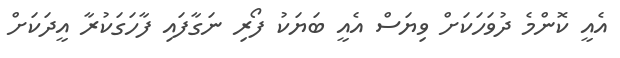
އެއީ ކޮންމެ ދުވަހަކަށް ވިޔަސް އެއީ ބަޔަކު ފޯރި ނަގާފައި ފާހަގަކުރާ އީދަކަށް